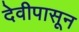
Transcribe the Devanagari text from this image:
देवीपासून